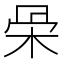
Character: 𣑍